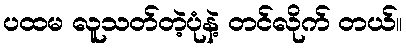
ပထမ လူသတ်တဲ့ပုံနဲ့ တင်လိုက် တယ်။